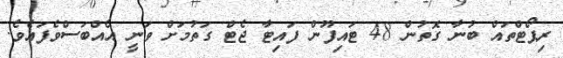
ރިޕޯޓްތައް ބުނާ ގޮތުން 48 ޓައިފޫން ފައިޓާ ޖެޓް ގަތުމަށް ވަނީ އެއްބަސްވެފައެވެ.